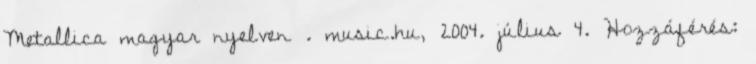
Metallica magyar nyelven . music.hu, 2004. július 4. Hozzáférés: